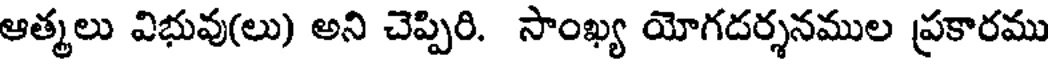
ఆత్మలు విభువు(లు) అని చెప్పిరి. సాంఖ్య యోగదర్శనముల ప్రకారము